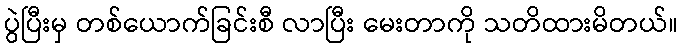
ပွဲပြီးမှ တစ်ယောက်ခြင်းစီ လာပြီး မေးတာကို သတိထားမိတယ်။